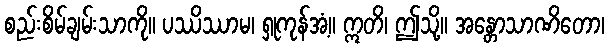
စည်းစိမ်ချမ်းသာကို။ ပဿိဿာမ၊ ရှုကုန်အံ့။ ဣတိ၊ ဤသို့။ အန္တောသာဏိတော၊